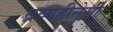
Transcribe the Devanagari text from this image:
द्रव्यहीनेसी